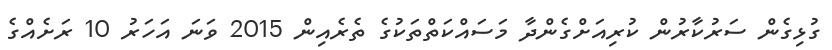
ގުޅިގެން ސަރުކާރުން ކުރިއަށްގެންދާ މަސައްކަތްތަކުގެ ތެރެއިން 2015 ވަނަ އަހަރު 10 ރަށެއްގެ